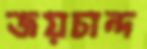
জয়চান্দ